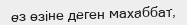
өз өзіне деген махаббат,